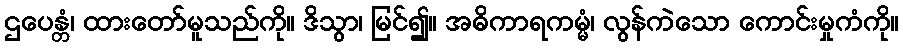
ဌပေန္တံ၊ ထားတော်မူသည်ကို။ ဒိသွာ၊ မြင်၍။ အဓိကာရကမ္မံ၊ လွန်ကဲသော ကောင်းမှုကံကို။